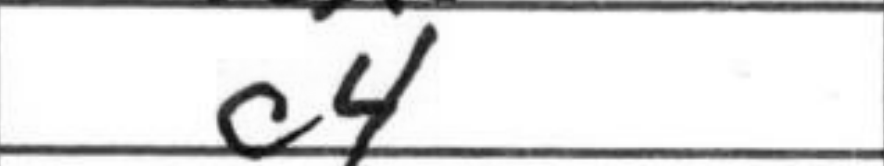
Transcription: c4